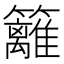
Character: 籬